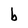
Character: b